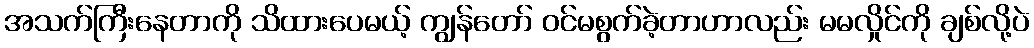
အသက်ကြီးနေတာကို သိထားပေမယ့် ကျွန်တော် ဝင်မစွက်ခဲ့တာဟာလည်း မမလှိုင်ကို ချစ်လို့ပဲ